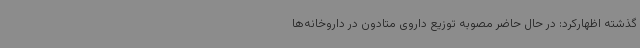
گذشته اظهارکرد: در حال حاضر مصوبه توزیع داروی متادون در داروخانه‌ها